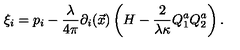
\xi _ { i } = p _ { i } - { \frac { \lambda } { 4 \pi } } \partial _ { i } ( \vec { x } ) \left( H - { \frac { 2 } { \lambda \kappa } } Q _ { 1 } ^ { a } Q _ { 2 } ^ { a } \right) .